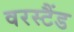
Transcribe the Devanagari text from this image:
वरस्टैंड